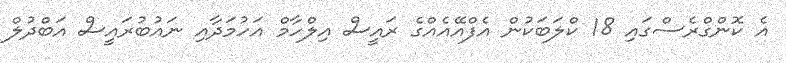
އެ ކޮންގްރެސްގައި 18 ކްލަބަކުން އެފްއޭއެއްގެ ރައީސް އިލްހާމް އަހުމަދާއި ނައުބުރައީސް އަބްދުލް